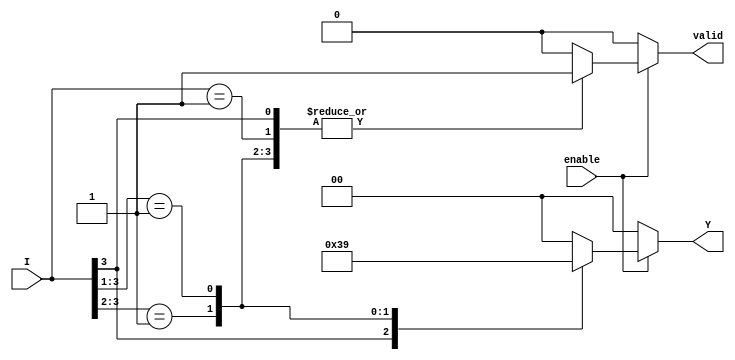
module priority_encoder (
    input wire [3:0] I,   // 4 input lines: I3, I2, I1, I0
    input wire enable,     // Enable signal
    output reg [1:0] Y,    // 2-bit output for encoding
    output reg valid       // Valid output signal
);

// Priority Encoding Logic
always @(*) begin
    if (!enable) begin
        // If not enabled, set outputs to default
        Y = 2'b00; // Default output
        valid = 1'b0; // No valid input
    end else begin
        casez (I) // casez allows for don't care conditions
            4'b1??? : begin Y = 2'b11; valid = 1'b1; end // I3 active
            4'b01?? : begin Y = 2'b10; valid = 1'b1; end // I2 active
            4'b001? : begin Y = 2'b01; valid = 1'b1; end // I1 active
            4'b0001 : begin Y = 2'b00; valid = 1'b1; end // I0 active
            default  : begin Y = 2'b00; valid = 1'b0; end // No active inputs
        endcase
    end
end

endmodule